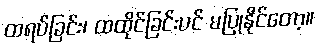
ထရပ်ခြင်း၊ ထထိုင်ခြင်းပင် မပြုနိုင်တော့။